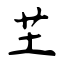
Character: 芏